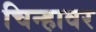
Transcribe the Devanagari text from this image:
चिन्हावर